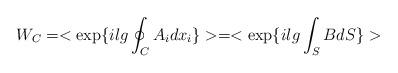
LaTeX: \begin{align*}W_C= <\exp\{ilg\oint_C A_{i}dx_{i}\}> = <\exp\{ilg\int_SBdS\}>\end{align*}